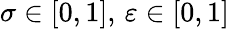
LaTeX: \sigma\in[0,1],\, \varepsilon\in[0,1]